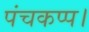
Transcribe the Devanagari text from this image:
पंचकप्प।